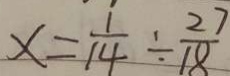
x = \frac { 1 } { 1 4 } \div \frac { 2 7 } { 1 8 }